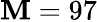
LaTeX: \mathbf{M}=97